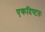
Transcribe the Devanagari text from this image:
एकदिष्‍टतः